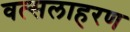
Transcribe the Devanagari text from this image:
वत्सलाहरण